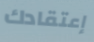
إعتقادك